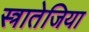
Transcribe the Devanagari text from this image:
स्त्रातेजिया